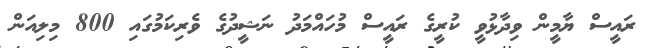
ރައީސް ޔާމީން ވިދާޅުވީ ކުރީގެ ރައީސް މުހައްމަދު ނަޝީދުގެ ވެރިކަމުގައި 800 މިލިއަން